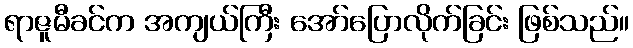
ရာဇူမီခင်က အကျယ်ကြီး အော်ပြောလိုက်ခြင်း ဖြစ်သည်။